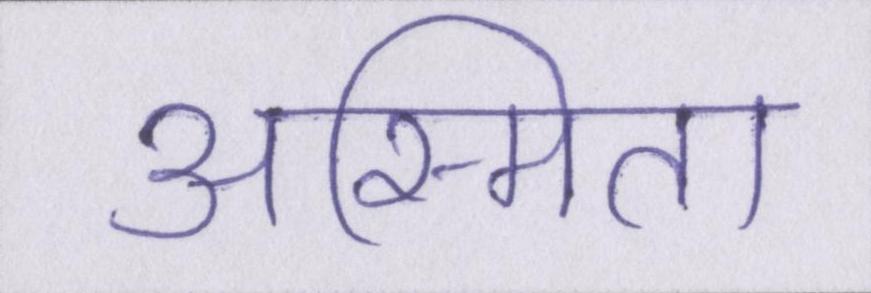
अस्मिता